Indian journal of veterinary science and animal husbandry - Volumes 24-25, 1954-1955
Year: 1954
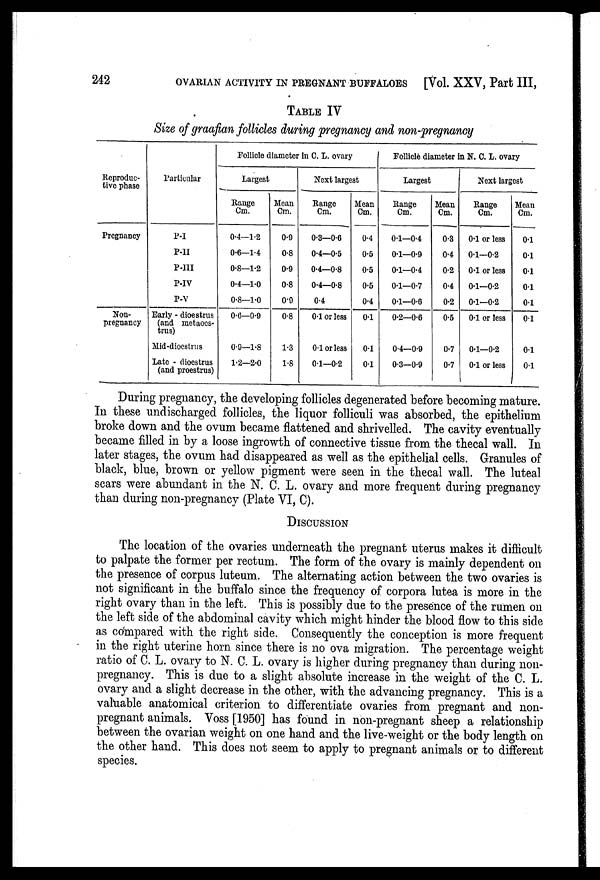
242
OVARIAN ACTIVITY IN PREGNANT BUFFALOES
[Vol. XXV, Part III,
TABLE IV
Size of graafian follicles during pregnancy and non-pregnancy
Reproduc-
tive phase
Pregnancy
Non-
pregnancy
Particular
P-I
P-II
P-III
P-IV
P-V
Early - dioestrus
(and inetaocs-
trus)
Mid-dioestnis
Late - dioestrus
(and proestrus)
Follicle diameter in C. L. ovary
Largest
Range
Cm.
0.4—1.2
0.6—1.4
0.8—1.2
0.4—1.0
0.8—1.0
0.6—0.9
0.9—1.8
1.2—2.0
Mean
Cm.
0.9
0.8
0.9
0.8
0.9
0.8
1.3
1.8
Next largest
Range
Cm.
0.3—0.6
0.4—0.5
0.4—0.8
0.4—0.8
0.4
0.1 or less
0.1 or less
0.1—0.2
Mean
Cm.
0.4
0.5
0.5
0.5
0.4
0.1
0.1
0.1
Follicle diameter in N. C. L. ovary
Largest
Range
Cm.
0.1—0.4
0.1—0.9
0.1—0.4
0.1—0.7
0.1—0.6
0.2—0.6
0.4—0.9
0.3—0.9
Mean
Cm.
0.3
0.4
0.2
0.4
0.2
0.5
0.7
0.7
Next largest
Range
Cm.
0.1 or less
0.1—0.2
0.1 or less
0.1—0.2
0.1—0.2
0.1 or less
0.1—0.2
0.1 or less
Mean
Cm.
0.1
0.1
0.1
0.1
0.1
0.1
01
0.1
During pregnancy, the developing follieles degenerated before becoming mature.
In these undischarged follicles, the liquor folliculi was absorbed, the epithelium
broke down and the ovum became flattened and shrivelled. The cavity eventually
became filled in by a loose ingrowth of connective tissue from the thecal wall. In
later stages, the ovum had disappeared as well as the epithelial cells. Granules of
black, blue, brown or yellow pigment were seen in the thecal wall. The luteal
scars were abundant in the N. C. L. ovary and more frequent during pregnancy
than during non-pregnancy (Plate VI, C).
DISCUSSION
The location of the ovaries underneath the pregnant uterus makes it difficult
to palpate the former per rectum. The form of the ovary is mainly dependent on
the presence of corpus luteum. The alternating action between the two ovaries is
not significant in the buffalo since the frequency of corpora lutea is more in the
right ovary than in the left. This is possibly due to the presence of the rumen on
the left side of the abdominal cavity which might hinder the blood flow to this side
as compared with the right side. Consequently the conception is more frequent
in the right uterine horn since there is no ova migration. The percentage weight
ratio of C. L. ovary to N. C. L. ovary is higher during pregnancy than during non-
pregnancy. This is due to a slight absolute increase in the weight of the C. L.
ovary and a slight decrease in the other, with the advancing pregnancy. This is a
valuable anatomical criterion to differentiate ovaries from pregnant and non-
pregnant animals. Voss [1950] has found in non-pregnant sheep a relationship
between the ovarian weight on one hand and the live-weight or the body length on
the other hand. This does not seem to apply to pregnant animals or to different
species.